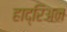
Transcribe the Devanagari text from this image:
हाद्रिअन